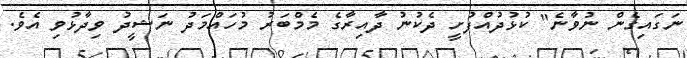
ނަގައިގެން ނުވާނެ" ކުޅުދުއްފުށީ ދެކުނު ދާއިރާގެ މެމްބަރު މުހައްމަދު ނަޝީދު ވިދާޅުވި އެވެ.